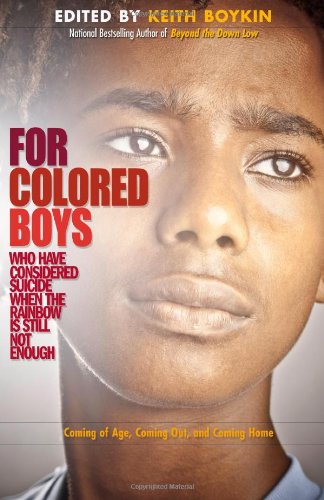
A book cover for For Colored Boys Who Have Considered Suicide When the Rainbow is Still Not Enough: Coming of Age, Coming Out, and Coming Home; Gay & Lesbian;